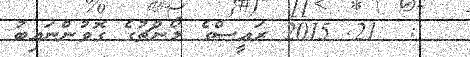
:  21